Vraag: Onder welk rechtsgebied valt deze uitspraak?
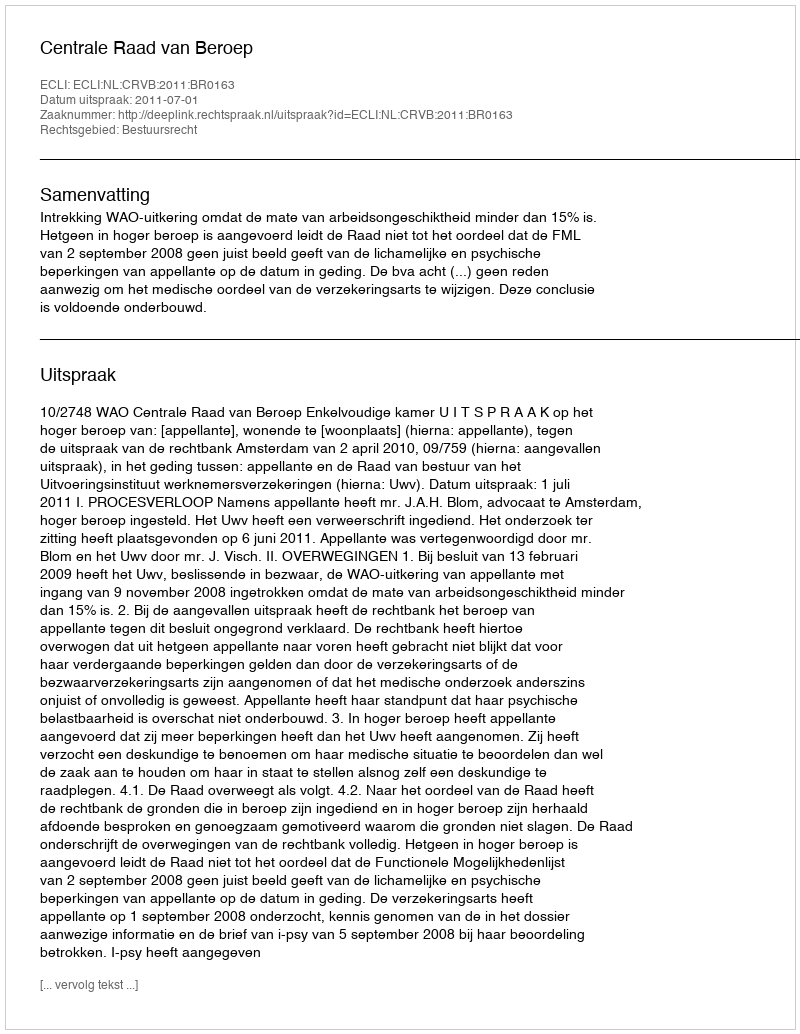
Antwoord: Bestuursrecht